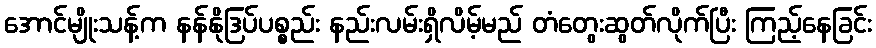
အောင်မျိုးသန့်က နန်နိုဒြပ်ပစ္စည်း နည်းလမ်းရှိလိမ့်မည် တံတွေးဆွတ်လိုက်ပြီး ကြည့်နေခြင်း